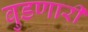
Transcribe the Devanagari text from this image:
बुडणारी